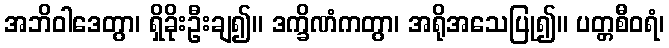
အဘိဝါဒေတွာ၊ ရှိခိုးဦးချ၍။ ဒက္ခိဏံကတွာ၊ အရိုအသေပြု၍။ ပတ္တစီဝရံ၊